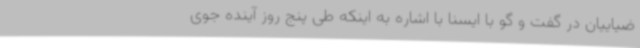
ضیاییان در گفت و گو با ایسنا با اشاره به اینکه طی پنج روز آینده جوی